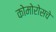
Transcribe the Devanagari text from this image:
कोमोरोसचे